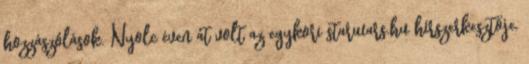
hozzászólások. Nyolc éven át volt az egykori starwars.hu hírszerkesztője.